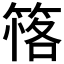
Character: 𥯚